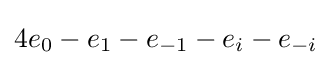
4e_{0}-e_{1}-e_{-1}-e_{i}-e_{-i}